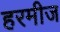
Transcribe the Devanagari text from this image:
हरमीज